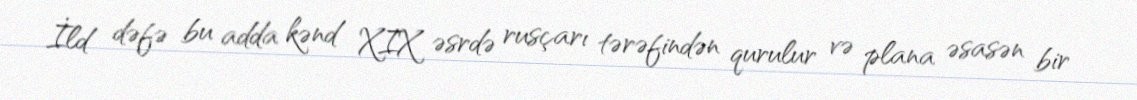
İld dəfə bu adda kənd XIX əsrdə rusçarı tərəfindən qurulur və plana əsasən bir